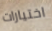
اختيارات